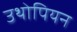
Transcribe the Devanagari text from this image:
उथोपियन